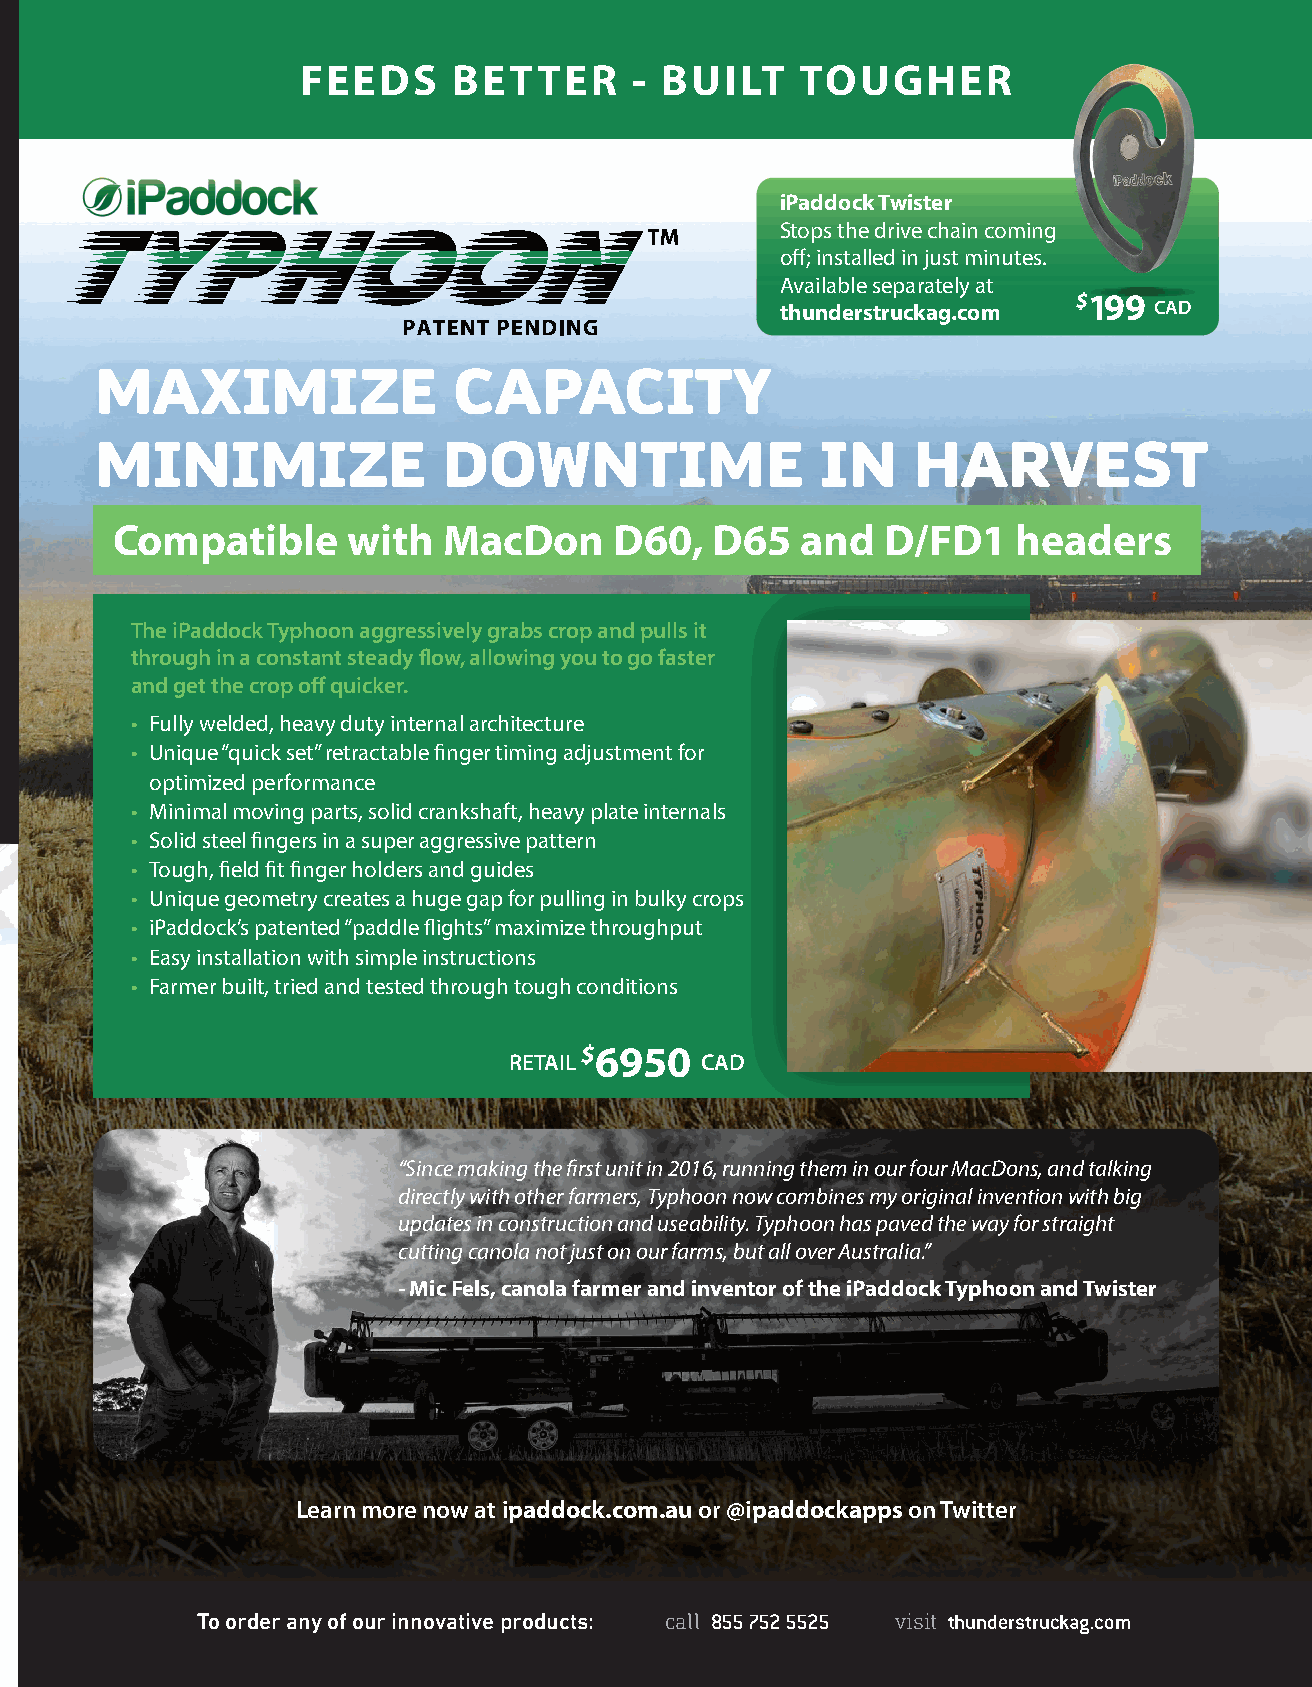
FEEDS     BETTER      - BUILT    TOUGHER
 SMALL SEED METERING SYSTEM
 iPaddock Twister
 Stops the drive chain coming
 off ; installed in just minutes.
 Available separately at
 $199
 thunderstruckag.com     CAD
 MAXIMIZE                CAPACITY
 MINIMIZE               DOWNTIME                 IN    HARVEST
 Compatible      with  MacDon      D60,  D65   and  D/FD1    headers
 BOOST TRACTOR 6M
 P
 GROUND SPEED TO H
 The iPaddock Typhoon aggressively grabs crop and pulls it
 GERMINATION 90% through in a constant steady fl ow, allowing you to go faster
 and get the crop off quicker.
 RATES OF
 OR BETTER • Fully welded, heavy duty internal architecture
 • Unique “quick set” retractable fi nger timing adjustment for
 optimized performance
 • Minimal moving parts, solid crankshaft, heavy plate internals
 • Solid steel fi ngers in a super aggressive pattern
 • Tough, fi eld fi t fi nger holders and guides
 • Unique geometry creates a huge gap for pulling in bulky crops
 • iPaddock’s patented “paddle fl ights” maximize throughput
 • Easy installation with simple instructions
 • Farmer built, tried and tested through tough conditions
 Reduce damage                         $6950
 RETAIL      CAD
 to airseeder hose
 & spreader heads FLEXENDS FLEXFOLDS “Since making the fi rst unit in 2016, running them in our four MacDons, and talking
 directly with other farmers, Typhoon now combines my original invention with big
 updates in construction and useability. Typhoon has paved the way for straight
 FLEXEND products will reduce SAVE TIME AND MONEY KINK REDUCTION IN cutting canola not just on our farms, but all over Australia.”
 the vibration of the hose WHILE SEEDING PRIMARY SUPPLY HOSES
 - Mic Fels, canola farmer and inventor of the iPaddock Typhoon and Twister
 which causes damage to your + Super flexible joiner for air seeder + FLEXFOLD replaces worn and
 spreader heads and reduces hose and spreader head protection. kinked sections of the primary
 the splitting and cracking of + In the cold months the tube gets supply hose on your air seeder bar.
 the hoses during seeding. more rigid and the vibrations of the + It can also be included to a new
 hose cause problems with the hose design if you are adding a new air
 They are made from a very
 and the spreader heads. FLEXENDS kit to your air seeder or if you are
 high wear, high flex, and high
 will let the hose move without doing upgrading and old bar.
 UV plastic that is expected to damage to the hose or the heads. + includes 2 stainless steel tube
 outlast your seeder hose. adapters
 Learn more now at ipaddock.com.au or @ipaddockapps on Twitter
 To order any of our innovative products:
 To order any of our innovative products: call 855 752 5525 visit thunderstruckag.com